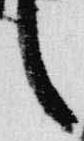
言